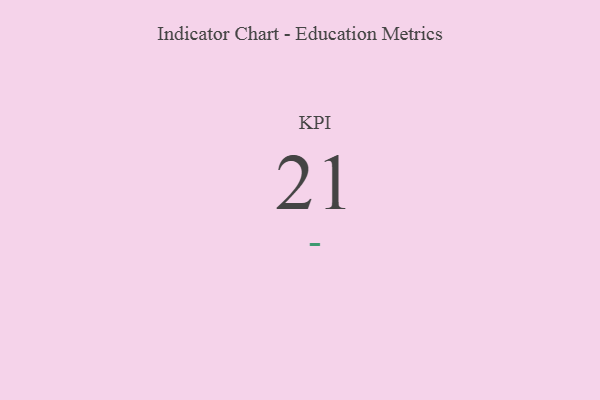
{"axis": {"x": "KPI", "y": "Value"}, "legend": [""], "data": [{"x": "KPI", "y": 21, "type": ""}]}